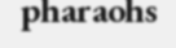
pharaohs